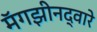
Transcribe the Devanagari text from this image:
मॅगझीनद्वारे